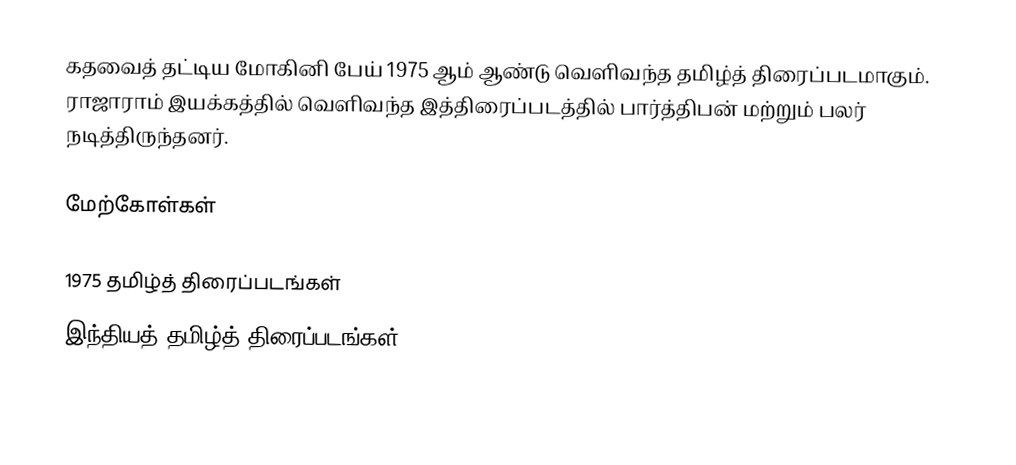
கதவைத் தட்டிய மோகினி பேய் 1975 ஆம் ஆண்டு வெளிவந்த தமிழ்த் திரைப்படமாகும். ராஜாராம் இயக்கத்தில் வெளிவந்த இத்திரைப்படத்தில் பார்த்திபன் மற்றும் பலர் நடித்திருந்தனர்.

மேற்கோள்கள்

1975 தமிழ்த் திரைப்படங்கள்
இந்தியத் தமிழ்த் திரைப்படங்கள்